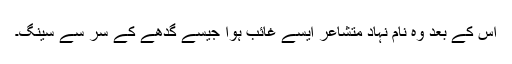
اس کے بعد وہ نام نہاد متشاعر ایسے غائب ہوا جیسے گدھے کے سر سے سینگ۔